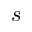
s